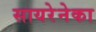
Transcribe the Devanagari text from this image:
सायरेनेका